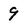
Character: 9